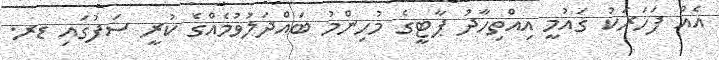
އެއް ފަހަރަކު ގައުމީ އިއްތިހާދު ޕާޓީގެ މުހިންމު ބައްދަލުވުމެއްގެ ކުރީ ސަފުގައި ޑރ.